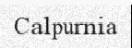
Calpurnia